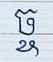
ច្ច